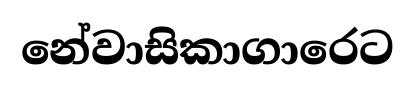
නේවාසිකාගාරෙට